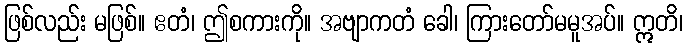
ဖြစ်လည်း မဖြစ်။ ဧတံ၊ ဤစကားကို။ အဗျာကတံ ခေါ၊ ကြားတော်မမူအပ်။ ဣတိ၊